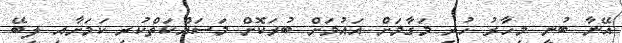
އޭނާ ބުނީ މިހާރު ހުރި މަގާމަށް އައުމަށް ބުރަކޮށް މަސައްކަތްކުރި ކަމަށާއި ލިބޭ